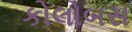
કોલોબસ